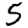
Digit: 5